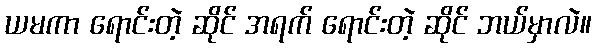
ယမကာ ရောင်းတဲ့ ဆိုင် အရက် ရောင်းတဲ့ ဆိုင် ဘယ်မှာလဲ။